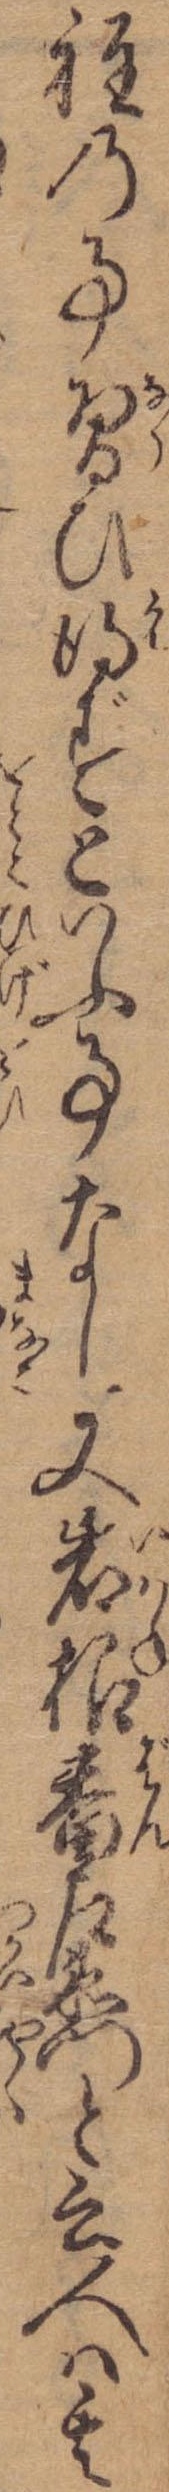
程の事習ひ得ずといふ事なし又岩根番左衛門と云人は其